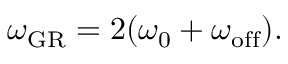
\begin{array} { r } { \omega _ { \mathrm { G R } } = 2 ( \omega _ { 0 } + \omega _ { \mathrm { o f f } } ) . } \end{array}